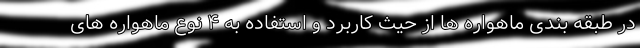
در طبقه بندی ماهواره ها از حیث کاربرد و استفاده به ۴ نوع ماهواره های